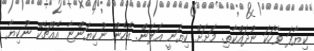
ކިޔާފަ ވާހަކަ ނުދައްކާތި. މަށަށް ކިޔަނީ އަލަން. އެހެން ނުކިޔަންޏާ އެއްޗެކޭ ނުކިޔާ